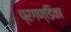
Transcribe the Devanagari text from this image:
प्रगण्डिका